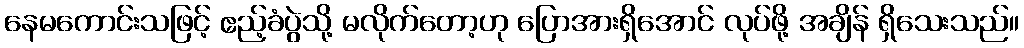
နေမကောင်းသဖြင့် ဧည့်ခံပွဲသို့ မလိုက်တော့ဟု ပြောအားရှိအောင် လုပ်ဖို့ အချိန် ရှိသေးသည်။